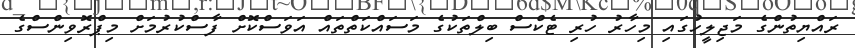
ރައްޔިތުންގެ މަޖިލީހުގައި މިހާރު ހުރި ޓެކްސް ބިލްތަކުގެ މަސައްކަތްތައް އަވަސްކޮށް ފާސްކުރުމަށް މިޕްރޮވިންސްގެ